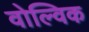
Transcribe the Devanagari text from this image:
वोल्विक